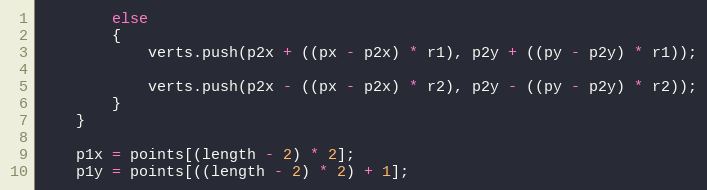
Language: JavaScript
        else
        {
            verts.push(p2x + ((px - p2x) * r1), p2y + ((py - p2y) * r1));

            verts.push(p2x - ((px - p2x) * r2), p2y - ((py - p2y) * r2));
        }
    }

    p1x = points[(length - 2) * 2];
    p1y = points[((length - 2) * 2) + 1];